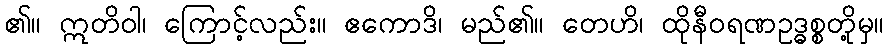
၏။ ဣတိဝါ၊ ကြောင့်လည်း။ ဧကောဒိ၊ မည်၏။ တေဟိ၊ ထိုနီဝရဏဥဒ္ဓစ္စတို့မှ။